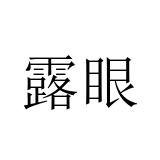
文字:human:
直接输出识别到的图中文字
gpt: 露眼